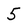
Character: 5